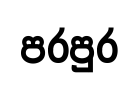
පරපුර